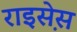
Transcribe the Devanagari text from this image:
राइस़ेस